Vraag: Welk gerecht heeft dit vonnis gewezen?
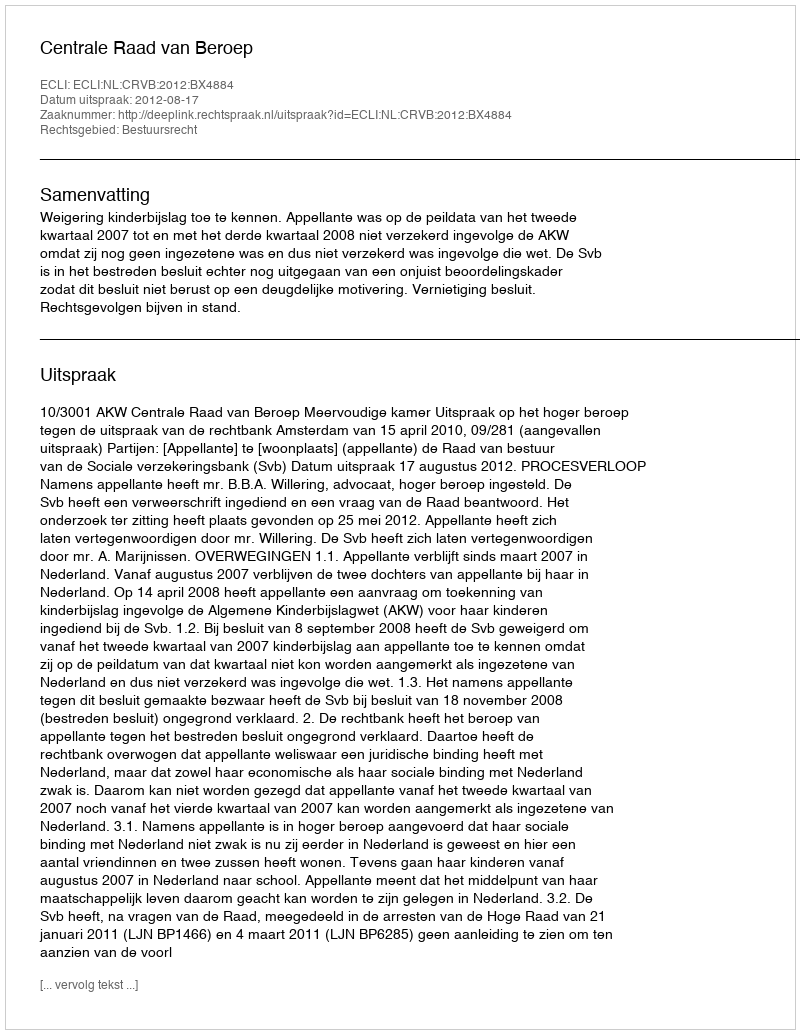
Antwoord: Centrale Raad van Beroep